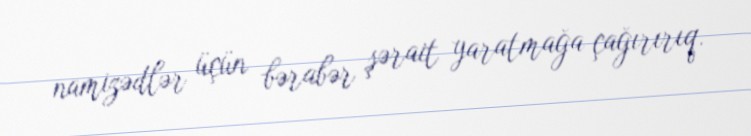
namizədlər üçün bərabər şərait yaratmağa çağırırıq.